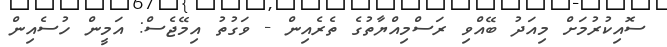
ސޮއިކުރުމަށް މިއަދު ބޭއްވި ރަސްމިއްޔާތުގެ ތެރެއިން - ވަގުތު އިމޭޖެސް: އަމީން ހުސެއިން